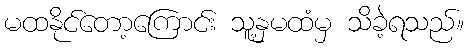
မထနိုင်တော့ကြောင်း သူ့နှမထံမှ သိခဲ့ရသည်။